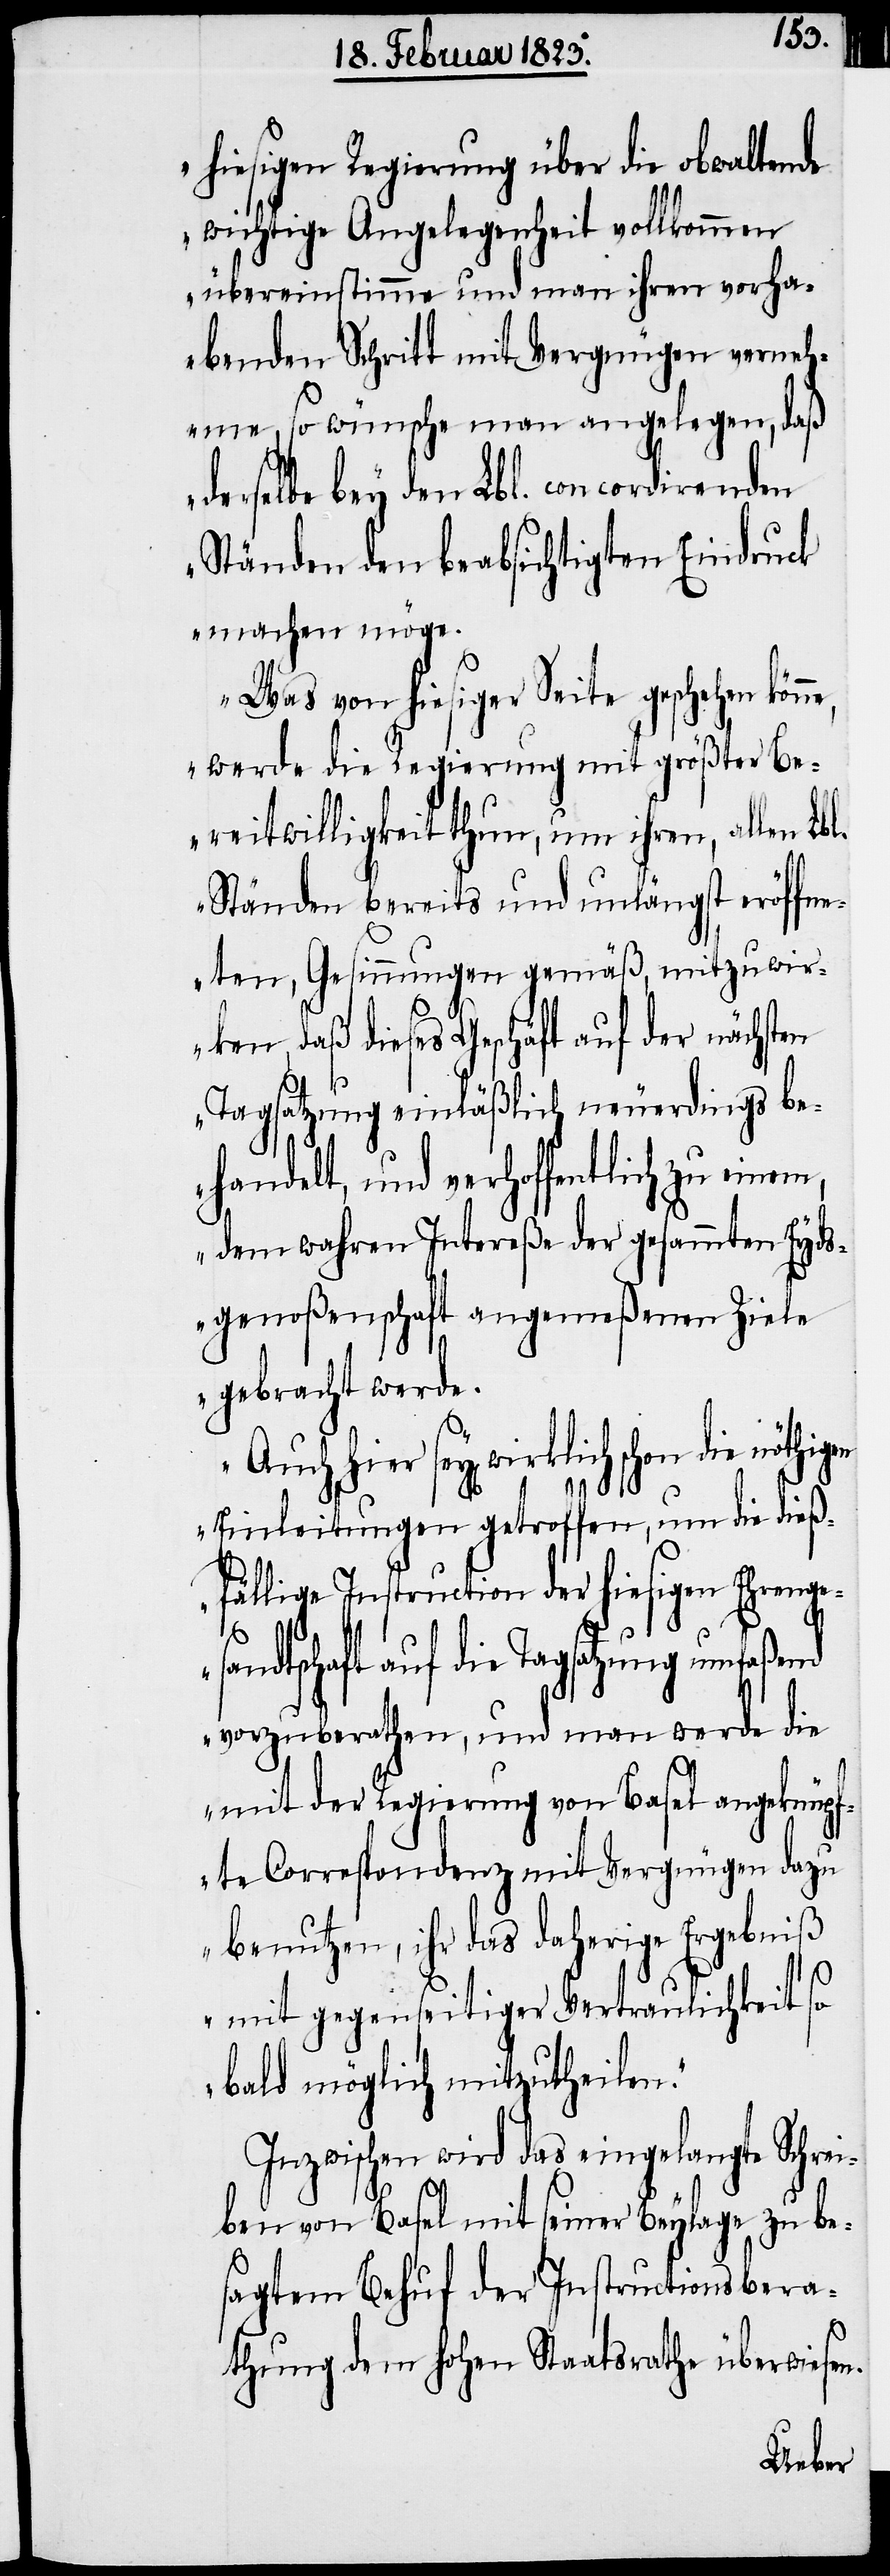
hiesigen Regierung über die obwaltende
wichtige Angelegenheit vollkommen
übereinstimme und man ihren vorha¬
benden Schritt mit Vergnügen verneh¬
me, so wünsche man angelegen, daß
derselbe bey den Lbl. concordirenden
Ständen den beabsichtigten Eindruck
machen möge.
Was von hiesiger Seite geschehen könn¬
werde die Regierung mit größter Be¬
reitwilligkeit thun, um ihren, allen Lb¬
Ständen bereits und unlängst eröffne¬
ten, Gesinnungen gemäß, mitzuwir¬
ken, daß dieses Geschäft auf der nächsten
Tagsatzung einläßlich neuerdings be¬
handelt, und verhoffentlich zu einem,
dem wahren Intereße der gesammten Eyds¬
genoßenschaft angemeßenen Ziele
gebracht werde.
schon die nöthigen
Einleitungen getroffen, um die dieß¬
fällige Instruction der hiesigen Ehrenge¬
n.
l.
sandtschaft auf die Tagsatzung umfaßend
vorzuberathen, und man werde die
mit der Regierung von Basel angeknüpf¬
te Correspondenz mit Vergnügen dazu
benutzen, ihr das daherige Ergebniß
mit gegenseitiger Vertraulichkeit so
bald möglich mitzutheilen.“
Inzwischen wird das eingelangte Schrei¬
ben von Basel mit seiner Beylage zu be¬
sagtem Behuf der Instrucitonsbera¬
thung dem hohen Staatsrathe überwiese¬